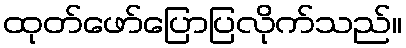
ထုတ်ဖော်ပြောပြလိုက်သည်။